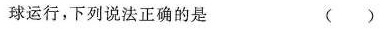
变球运行，下列说法正确的是 ( )